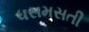
ધસમસતી